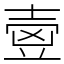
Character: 㚃